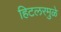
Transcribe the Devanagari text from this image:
हिटलरमुळे